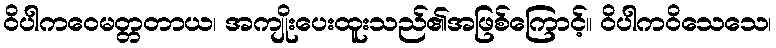
ဝိပါကဝေမတ္တတာယ၊ အကျိုးပေးထူးသည်၏အဖြစ်ကြောင့်။ ဝိပါကဝိသေသေ၊